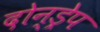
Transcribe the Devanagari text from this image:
दोन्ड्रेप